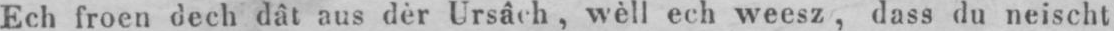
Ech froen dech dât aus dèr Ursâch, wèll ech weesz, dass du neischt